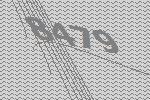
8479